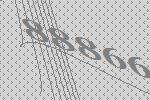
88866